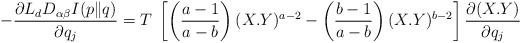
LaTeX: \begin{align*}-\frac{\partial L_{d}D_{\alpha\beta}I(p\|q)}{\partial q_{j}}=T\;\left[\left(\frac{a-1}{a-b}\right)(X.Y)^{a-2}-\left(\frac{b-1}{a-b}\right)(X.Y)^{b-2}\right]\frac{\partial (X.Y)}{\partial q_{j}}\end{align*}